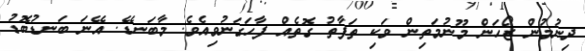
ދިނުމުން ޒޯހަން މޫނުމަތިން ވަކި ތަފާތު ގޮތެއް ފާހަގަނުވިއެވެ. މާބަނޑޭ. އޭނަ ބަނޑުބޮޑު